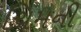
ચિમની